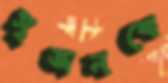
সৃজনকে